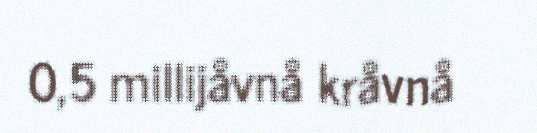
0,5 millijåvnå kråvnå